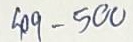
49 - 500